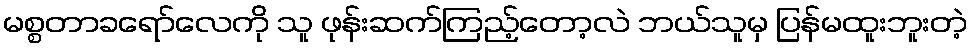
မစ္စတာခရော်လေကို သူ ဖုန်းဆက်ကြည့်တော့လဲ ဘယ်သူမှ ပြန်မထူးဘူးတဲ့